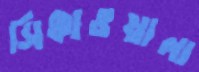
সিক্কাওয়ালা